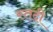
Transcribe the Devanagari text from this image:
स्तदी